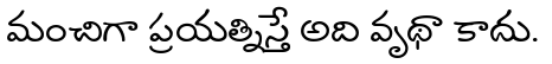
మంచిగా ప్రయత్నిస్తే అది వృథా కాదు.